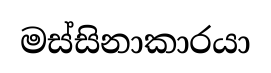
මස්සිනාකාරයා